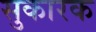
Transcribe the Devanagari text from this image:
सुकारक